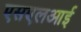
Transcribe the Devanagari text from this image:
एसएलआई